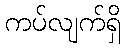
ကပ်လျက်ရှိ